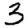
Digit: 3